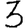
Digit: 3